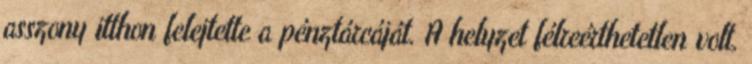
asszony itthon felejtette a pénztárcáját. A helyzet félreérthetetlen volt,